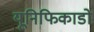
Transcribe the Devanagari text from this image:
यूनिफिकाडो